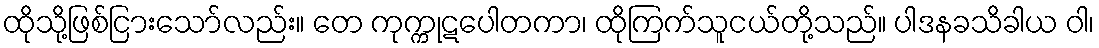
ထိုသို့ဖြစ်ငြားသော်လည်း။ တေ ကုက္ကုဋပေါတကာ၊ ထိုကြက်သူငယ်တို့သည်။ ပါဒနခသိခါယ ဝါ၊